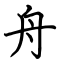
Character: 舟